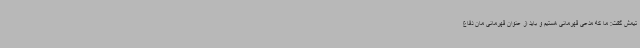
تیمش گفت: ما که مدعی قهرمانی هستیم و باید از عنوان قهرمانی مان دفاع